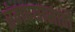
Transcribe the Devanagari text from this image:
रंगण्यासाठी